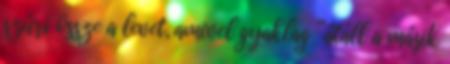
szűri össze a levet, amivel gyaklag “átáll a másik